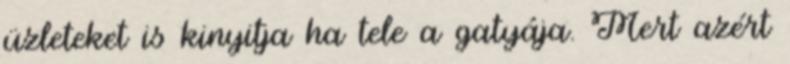
üzleteket is kinyitja ha tele a gatyája. Mert azért